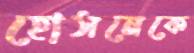
হোসনেকে